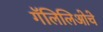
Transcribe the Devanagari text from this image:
गॅलिलिओचे